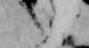
言